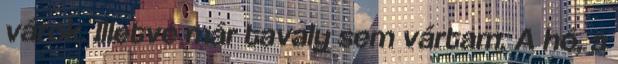
várok. Illetve már tavaly sem vártam. A hó, a